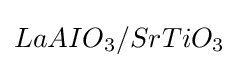
LaAIO_{3}/SrTiO_{3}